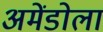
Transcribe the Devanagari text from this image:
अमेंडोला